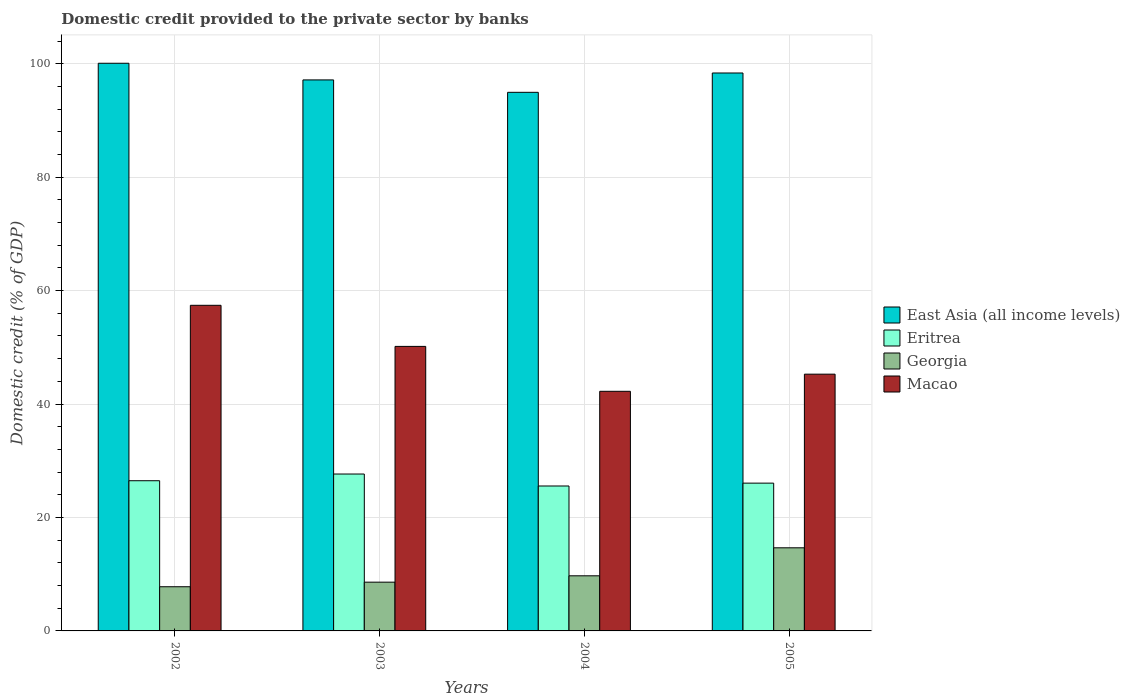
| Years | East Asia (all income levels) | Eritrea | Georgia | Macao |
 | --- | --- | --- | --- | --- |
 | 2002 | 100 | 26.5 | 7.79 | 57.4 |
 | 2003 | 97.2 | 27.7 | 8.6 | 50.2 |
 | 2004 | 95 | 25.6 | 9.72 | 42.2 |
 | 2005 | 98.4 | 26.1 | 14.7 | 45.3 |